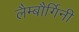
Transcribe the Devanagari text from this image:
लैम्बौर्गिनी